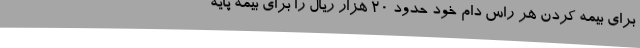
برای بیمه کردن هر راس دام خود حدود 20 هزار ریال را برای بیمه پایه